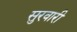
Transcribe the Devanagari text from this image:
सुरवारी